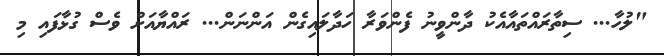
"ލުހާ... ސިތާރައްތައާއެކު ދާންވީނު ފެންވަރާ ހަދާލައިގެން އަންނަން... ރައްޔާއަށް ވެސް ގުޅާފައި މި